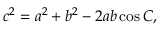
c ^ { 2 } = a ^ { 2 } + b ^ { 2 } - 2 a b \cos C ,